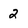
Character: 2